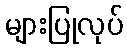
များပြုလုပ်